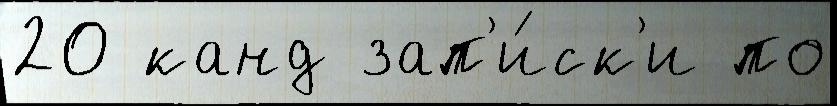
20 канд зап'и́ск'и по